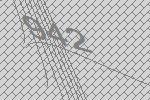
942